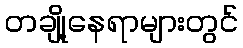
တချို့နေရာများတွင်